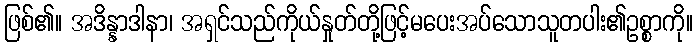
ဖြစ်၏။ အဒိန္နာဒါနာ၊ အရှင်သည်ကိုယ်နှုတ်တို့ဖြင့်မပေးအပ်သောသူတပါး၏ဥစ္စာကို။